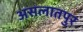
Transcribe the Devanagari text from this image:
असलातपुर